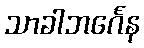
သာခါဘင်္ဂေန